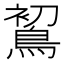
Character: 𪁲